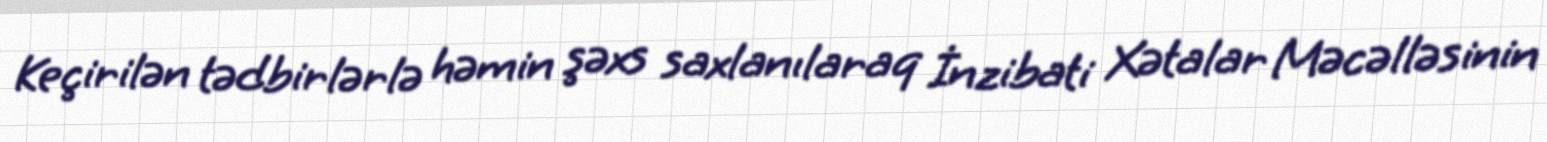
Keçirilən tədbirlərlə həmin şəxs saxlanılaraq İnzibati Xətalar Məcəlləsinin